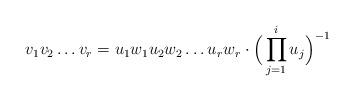
LaTeX: \begin{align*}v_1v_2\dots v_r=u_1w_1u_2w_2\dots u_rw_r\cdot \Big(\prod_{j=1}^iu_j\Big)^{-1}\end{align*}